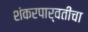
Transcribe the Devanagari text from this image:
शंकरपार्वतींचा